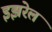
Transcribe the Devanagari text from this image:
इझरेल